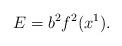
LaTeX: \begin{align*}E=b^2f^2(x^1).\end{align*}